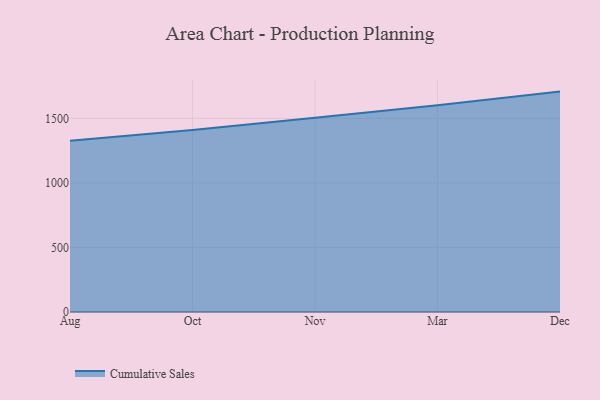
{"axis": {"x": "Month", "y": "Temperature (°C)"}, "legend": ["Cumulative Sales"], "data": [{"x": "Aug", "y": 1326.2, "type": "Cumulative Sales"}, {"x": "Oct", "y": 1410.8, "type": "Cumulative Sales"}, {"x": "Nov", "y": 1504.0, "type": "Cumulative Sales"}, {"x": "Mar", "y": 1602.2, "type": "Cumulative Sales"}, {"x": "Dec", "y": 1707.4, "type": "Cumulative Sales"}]}